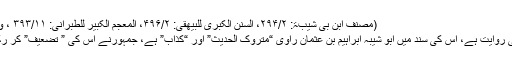
(مصنف ابن بی شیبۃ: ۲۹۴/۲، السنن الکبری للبیھقی: ۴۹۶/۲، المعجم الکبیر للطبرانی: ۳۹۳/۱۱ ، وغیرہ ہم)
یہ جھوٹی روایت ہے، اس کی سند میں ابو شیبہ ابراہیم بن عثمان راوی “متروک الحدیث” اور “کذاب” ہے، جمہورنے اس کی ” تضعیف” کر رکھی ہے۔